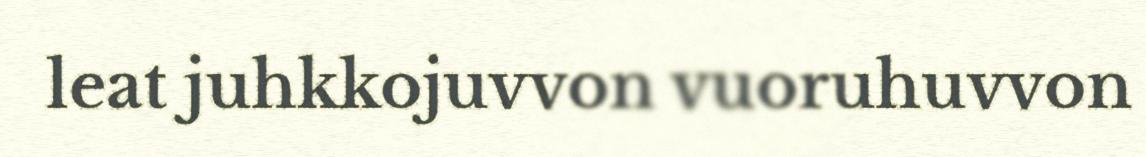
leat juhkkojuvvon vuoruhuvvon